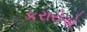
કરારોએ